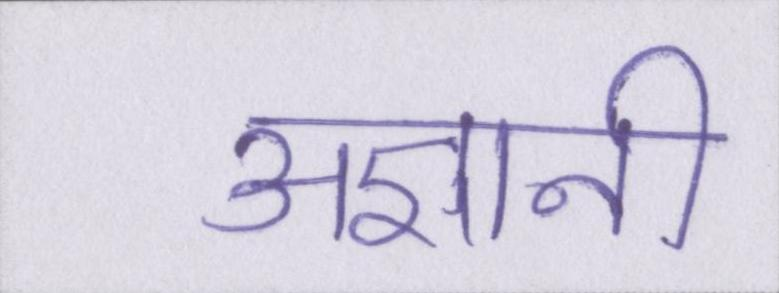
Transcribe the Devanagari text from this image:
अज्ञानी